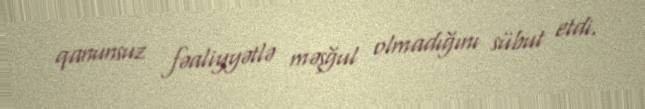
qanunsuz fəaliyyətlə məşğul olmadığını sübut etdi.